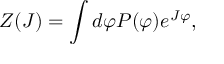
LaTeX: Z ( J ) = \int d \varphi P ( \varphi ) e ^ { J \varphi } ,